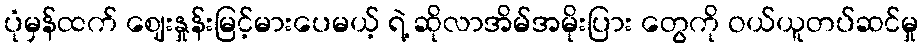
ပုံမှန်ထက် ဈေးနှုန်းမြင့်မားပေမယ့် ရဲ့ ဆိုလာအိမ်အမိုးပြား တွေကို ဝယ်ယူတပ်ဆင်မှု